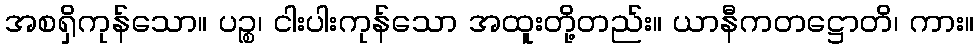
အစရှိကုန်သော။ ပဉ္စ၊ ငါးပါးကုန်သော အထူးတို့တည်း။ ယာနီကတဋ္ဌောတိ၊ ကား။